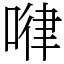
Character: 𠷈